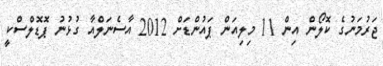
ޖަރުމަނުގެ ކޮލޯން އިން 11 މިލިއަން ޕައުންޑަށް 2012 އާސެނަލްއާ ގުޅުނު ޕޮޑޮލްސްކީ